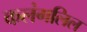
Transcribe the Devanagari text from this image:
कलंगलिल